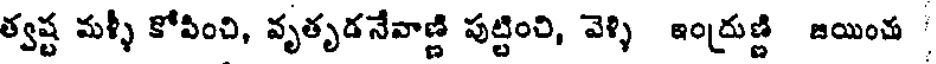
త్వష్ట మళ్ళీ కోపించి, వృతృడనేవాణ్ణి పుట్టించి, వెళ్ళి ఇంద్రుణ్ణి జయించు